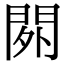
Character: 𨳿